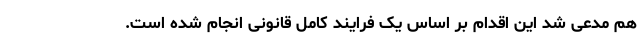
هم مدعی شد این اقدام بر اساس یک فرایند کامل قانونی انجام شده است.